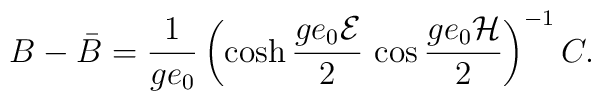
B-\bar{B}=\frac{1}{ge_{0}}\left(\cosh\frac{ge_{0}{\cal E}}{2}\,\cos\frac{ge_{0}{\cal H}}{2}\right)^{-1}C.